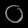
Digit: ၀